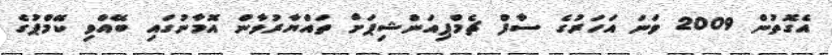
އެގޮތުން 2009 ވަނަ އަހަރުގެ ސާފް ޗެމްޕިއަންޝިޕަށް ތައްޔާރުވާން އޮމާނުގައި ބޭއްވި ކޭމްޕުގެ